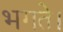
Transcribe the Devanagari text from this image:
भगते।